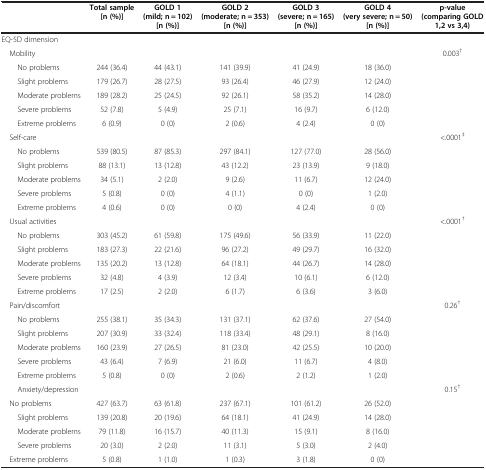
<table><thead><tr><td><b> </b></td><td><b>Total sample [n (%)]</b></td><td><b>GOLD 1 (mild; n = 102) [n (%)]</b></td><td><b>GOLD 2 (moderate; n = 353) [n (%)]</b></td><td><b>GOLD 3 (severe; n = 165) [n (%)]</b></td><td><b>GOLD 4 (very severe; n = 50) [n (%)]</b></td><td><b>p-value (comparing GOLD 1,2 vs 3,4)</b></td></tr></thead><tbody><tr><td colspan="7">EQ-5D dimension</td></tr><tr><td> Mobility</td><td> </td><td> </td><td> </td><td> </td><td> </td><td>0.003<sup>†</sup></td></tr><tr><td>No problems</td><td>244 (36.4)</td><td>44 (43.1)</td><td>141 (39.9)</td><td>41 (24.9)</td><td>18 (36.0)</td><td> </td></tr><tr><td>Slight problems</td><td>179 (26.7)</td><td>28 (27.5)</td><td>93 (26.4)</td><td>46 (27.9)</td><td>12 (24.0)</td><td> </td></tr><tr><td>Moderate problems</td><td>189 (28.2)</td><td>25 (24.5)</td><td>92 (26.1)</td><td>58 (35.2)</td><td>14 (28.0)</td><td> </td></tr><tr><td>Severe problems</td><td>52 (7.8)</td><td>5 (4.9)</td><td>25 (7.1)</td><td>16 (9.7)</td><td>6 (12.0)</td><td> </td></tr><tr><td>Extreme problems</td><td>6 (0.9)</td><td>0 (0)</td><td>2 (0.6)</td><td>4 (2.4)</td><td>0 (0)</td><td> </td></tr><tr><td> Self-care</td><td> </td><td> </td><td> </td><td> </td><td> </td><td>&lt;.0001<sup>‡</sup></td></tr><tr><td>No problems</td><td>539 (80.5)</td><td>87 (85.3)</td><td>297 (84.1)</td><td>127 (77.0)</td><td>28 (56.0)</td><td> </td></tr><tr><td>Slight problems</td><td>88 (13.1)</td><td>13 (12.8)</td><td>43 (12.2)</td><td>23 (13.9)</td><td>9 (18.0)</td><td> </td></tr><tr><td>Moderate problems</td><td>34 (5.1)</td><td>2 (2.0)</td><td>9 (2.6)</td><td>11 (6.7)</td><td>12 (24.0)</td><td> </td></tr><tr><td>Severe problems</td><td>5 (0.8)</td><td>0 (0)</td><td>4 (1.1)</td><td>0 (0)</td><td>1 (2.0)</td><td> </td></tr><tr><td>Extreme problems</td><td>4 (0.6)</td><td>0 (0)</td><td>0 (0)</td><td>4 (2.4)</td><td>0 (0)</td><td> </td></tr><tr><td> Usual activities</td><td> </td><td> </td><td> </td><td> </td><td> </td><td>&lt;.0001<sup>†</sup></td></tr><tr><td>No problems</td><td>303 (45.2)</td><td>61 (59.8)</td><td>175 (49.6)</td><td>56 (33.9)</td><td>11 (22.0)</td><td> </td></tr><tr><td>Slight problems</td><td>183 (27.3)</td><td>22 (21.6)</td><td>96 (27.2)</td><td>49 (29.7)</td><td>16 (32.0)</td><td> </td></tr><tr><td>Moderate problems</td><td>135 (20.2)</td><td>13 (12.8)</td><td>64 (18.1)</td><td>44 (26.7)</td><td>14 (28.0)</td><td> </td></tr><tr><td>Severe problems</td><td>32 (4.8)</td><td>4 (3.9)</td><td>12 (3.4)</td><td>10 (6.1)</td><td>6 (12.0)</td><td> </td></tr><tr><td>Extreme problems</td><td>17 (2.5)</td><td>2 (2.0)</td><td>6 (1.7)</td><td>6 (3.6)</td><td>3 (6.0)</td><td> </td></tr><tr><td> Pain/discomfort</td><td> </td><td> </td><td> </td><td> </td><td> </td><td>0.26<sup>†</sup></td></tr><tr><td>No problems</td><td>255 (38.1)</td><td>35 (34.3)</td><td>131 (37.1)</td><td>62 (37.6)</td><td>27 (54.0)</td><td> </td></tr><tr><td>Slight problems</td><td>207 (30.9)</td><td>33 (32.4)</td><td>118 (33.4)</td><td>48 (29.1)</td><td>8 (16.0)</td><td> </td></tr><tr><td>Moderate problems</td><td>160 (23.9)</td><td>27 (26.5)</td><td>81 (23.0)</td><td>42 (25.5)</td><td>10 (20.0)</td><td> </td></tr><tr><td>Severe problems</td><td>43 (6.4)</td><td>7 (6.9)</td><td>21 (6.0)</td><td>11 (6.7)</td><td>4 (8.0)</td><td> </td></tr><tr><td>Extreme problems</td><td>5 (0.8)</td><td>0 (0)</td><td>2 (0.6)</td><td>2 (1.2)</td><td>1 (2.0)</td><td> </td></tr><tr><td>Anxiety/depression</td><td> </td><td> </td><td> </td><td> </td><td> </td><td>0.15<sup>†</sup></td></tr><tr><td> No problems</td><td>427 (63.7)</td><td>63 (61.8)</td><td>237 (67.1)</td><td>101 (61.2)</td><td>26 (52.0)</td><td> </td></tr><tr><td>Slight problems</td><td>139 (20.8)</td><td>20 (19.6)</td><td>64 (18.1)</td><td>41 (24.9)</td><td>14 (28.0)</td><td> </td></tr><tr><td>Moderate problems</td><td>79 (11.8)</td><td>16 (15.7)</td><td>40 (11.3)</td><td>15 (9.1)</td><td>8 (16.0)</td><td> </td></tr><tr><td>Severe problems</td><td>20 (3.0)</td><td>2 (2.0)</td><td>11 (3.1)</td><td>5 (3.0)</td><td>2 (4.0)</td><td> </td></tr><tr><td> Extreme problems</td><td>5 (0.8)</td><td>1 (1.0)</td><td>1 (0.3)</td><td>3 (1.8)</td><td>0 (0)</td><td> </td></tr></tbody></table>